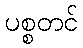
ပစ္စတင်